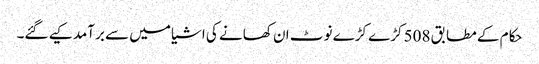
حکام کے مطابق 508 کڑے کڑے نوٹ ان کھانے کی اشیا میں سے برآمد کیے گئے۔